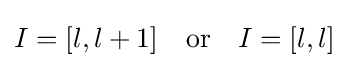
I=[l,l+1]\quad {\text{or}}\quad I=[l,l]